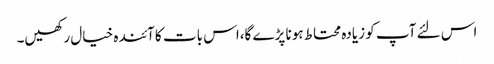
اس لئے آپ کو زیادہ محتاط ہونا پڑے گا،اس بات کا آئندہ خیال رکھیں۔